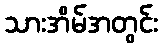
သားအိမ်အတွင်း